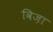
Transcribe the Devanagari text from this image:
विज़ा